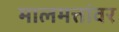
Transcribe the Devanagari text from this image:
मालमत्तांवर